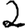
Digit: 2